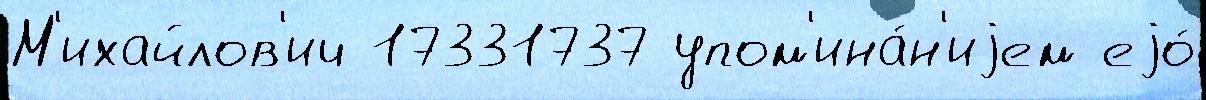
М'ихайлов'ич 17331737 упом'ина́н'иjем еjо́